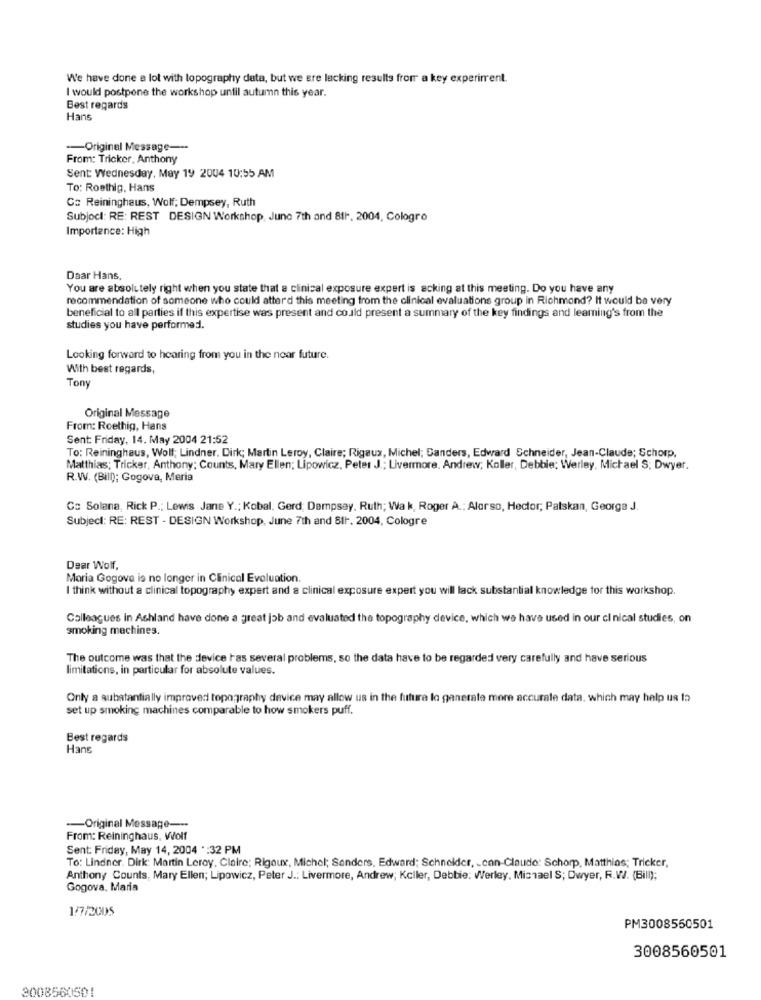
We have done a lot with topography data, but we are lacking results from a key experiment.
I would postpone the workshop until autumn this year.
Best regards
Hans
-Original Message ---
From: Tricker, Anthony
Sent: Wednesday, May 19 2004 10:55 AM
To: Rosthig, Hans
Cs Reininghaus, Wolf; Dempsey, Ruth
Subject: RE: REST DESIGN Workshop, June 7th and 811. 2004, Cologro
Importance: High
Daar Hans,
You are absolutely right when you state that a clinical exposure expert is acking at this meeting. Do you have any
recommendation of someone who could atterd this meeting from the clinical evaluations group in Richmond? It would be very
beneficial to all parties if this expertise was present and could present a summary of the key findings and leaming's from the
studies you have performed.
Looking forward to hearing from you in the near future.
With best regards,
Tony
Original Message
From: Roethig, Hans
Sent: Friday, 14. May 2004 21:52
To: Reininghaus, Wolf; Lindner. Dirk; Martin Leroy, Claire; Rigaux, Michel; Sanders, Edward Schneider, Jean-Claude; Schorp.
Matthias; Tricker, Anthony: Counts, Mary Ellen; Lipowicz, Peter J .; Livermore. Andrew; Koller, Debbie: Werley, Michael S; Dwyer.
R.W. (Bill); Gogova, Meria
Co Solana, Rick P .; Lewis Jane Y .; Kobal, Gerd; Dempsey, Ruth; Wak, Roger A .; Alorso, Hector; Palskan, George J.
Subject: RE: REST - DESIGN Workshop, June 7th and 811. 2004, Cologre
Dear Wolf,
Maria Gogove is no longer in Clinical Evaluation.
I think without a clinical topography expert and a clinical exposure expert you will lack substantial knowledge tor this workshop.
Colleagues in Ashland have done a great job and evaluated the topography device, which we have used in our clinical studies, on
smoking machines.
The outcome was that the device has several problems, so the data have to be regarded very carefully and have serious
limitations, in particular for absolute values.
Only a substantially improved topography device may allow us in the future lo ganerate more accurate data, which may help us ta
set up smoking machines comparable to how smokers puff.
Best regards
Hans
-- Original Message ---
From: Reininghaus, Wolf
Sent: Friday, May 14, 2004 *: 32 PM
To: Lindner. Dirk: Martin Leroy, Claire; Rigaux, Michel; Senders, Edward; Schneider, - con-Claude: Schorp. Matthias; Tricker,
Anthony Counts, Mary Ellen; Lipowicz, Peter J .: Livermore, Andrew; Keller, Debbie: Werley, Michael S; Dwyer, R.W. (Bill);
Gogova. Maria
1/7/2005
PM3008550501
3008560501
3008560501